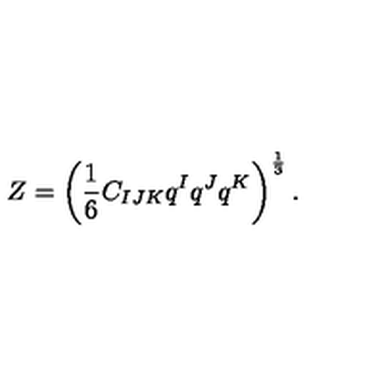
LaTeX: Z = \left( \frac 1 6 C _ { I J K } q ^ { I } q ^ { J } q ^ { K } \right) ^ { \frac 1 3 } .